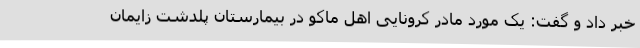
خبر داد و گفت: یک مورد مادر کرونایی اهل ماکو در بیمارستان پلدشت زایمان